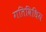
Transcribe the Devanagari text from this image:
गतिविधिय